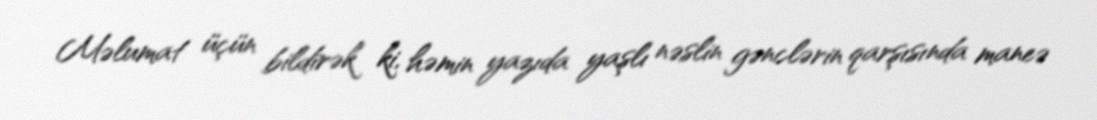
Məlumat üçün bildirək ki, həmin yazıda yaşlı nəslin gənclərin qarşısında maneə